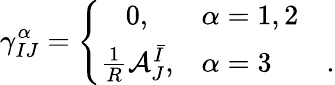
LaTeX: \gamma_{IJ}^{\alpha}=\left\{ \begin{array}{cll}{0,}&{\alpha=1,2}&{}\\ {\frac{1}{R}\mathcal{A}_{J}^{\bar{I}},}&{\alpha=3}&{.}\end{array}\right.